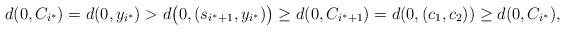
LaTeX: \begin{align*}d(0,C_{i^{*}})=d(0,y_{i^{*}})>d\big(0,(s_{i^{*}+1},y_{i^{*}})\big)\geq d(0,C_{i^{*}+1})=d(0,(c_{1},c_{2}))\geq d(0,C_{i^{*}}),\end{align*}